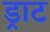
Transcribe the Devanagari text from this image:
ड्राट